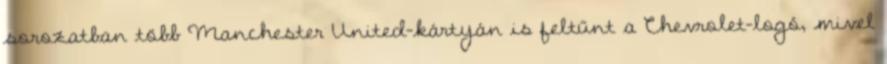
sorozatban több Manchester United-kártyán is feltűnt a Chevrolet-logó, mivel